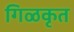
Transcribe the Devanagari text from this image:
गिळकृत